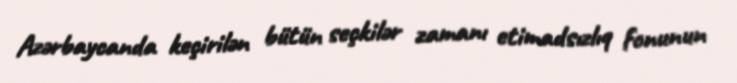
Azərbaycanda keçirilən bütün seçkilər zamanı etimadsızlıq fonunun